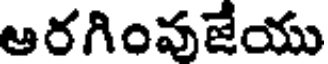
ఆరగింవజేయు